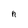
Character: n